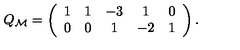
Q _ { \cal M } = \left( \begin{array} { c c c c c } { 1 } & { 1 } & { - 3 } & { 1 } & { 0 } \\ { 0 } & { 0 } & { 1 } & { - 2 } & { 1 } \\ \end{array} \right) .